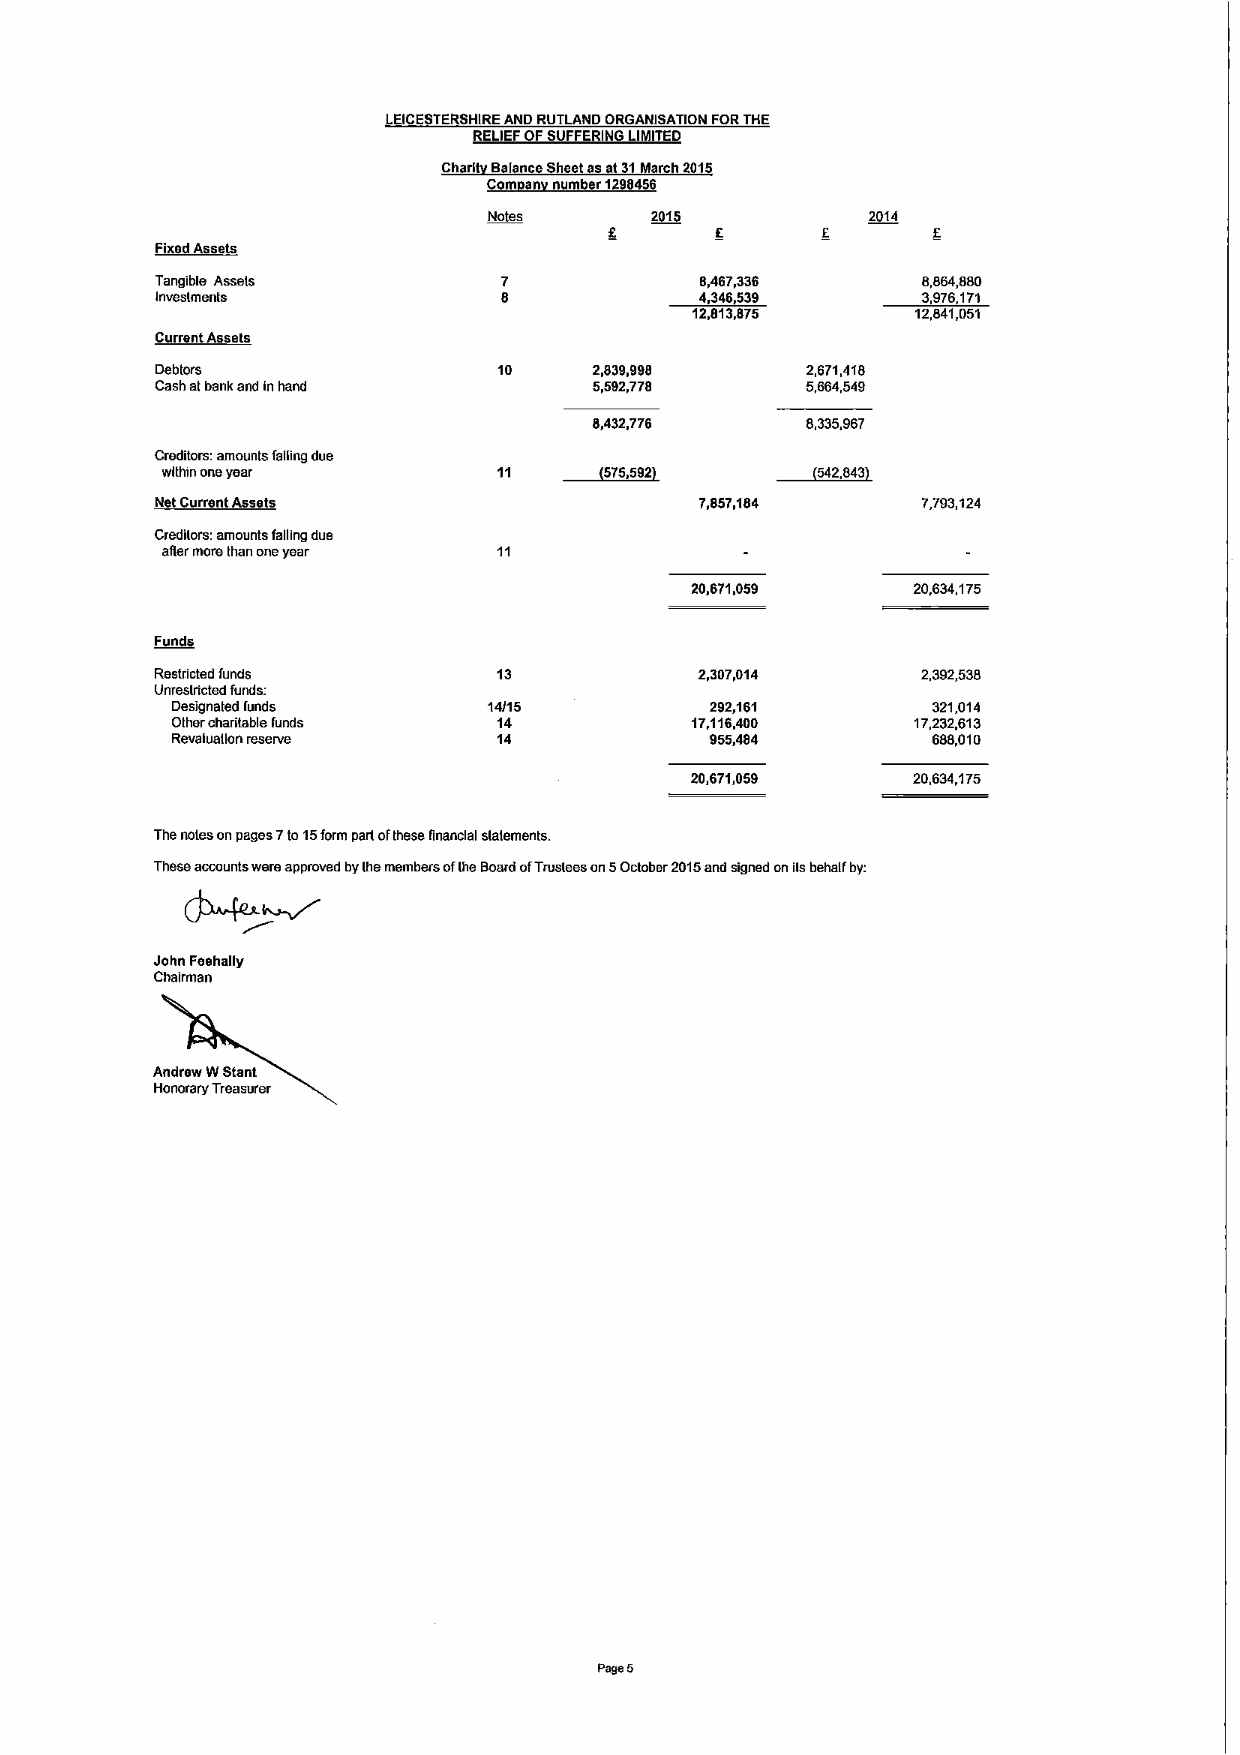
LEICESTERSHIREAND RUTLAND ORGANISATION FORTHE
 RELIEFOFSUFFERING LIMITED
 Charit Balance Sheet asat31March 2015
 Com an number1298456
 Notes      20'I5          2014
 E              E
 Fixed Assets
 Tangible Assets                     6,487,336      8,854,880
 Inveslm ants                        ~343539        3975171
 12,813,875     12,541,051
 Current Assets
 Debtors                10    2,839,998     2,671,418
 Cash atbank and inhand       5,592,778     5,664,549
 8,432,778     8,335,967
 Creditors; amounts faliing due
 ~575352
 within oneyear        11                   542,543
 Net Current Assets                  7,857,164      7,703,124
 Credilors: amounts falling due
 aRermore Ihan oneyear
 20,671,059    20,634,175
 ~Fn
 Restricted funds       13           2,307,014      2,392,535
 Unreslricted funds:
 Designated funds     14/15          292,161        321,014
 Other charitable funds 14          17,116,400     17,232,613
 Revaiuallon reserve   14            955,484        688,010
 20,671,059    20,634,175
 Thenoies an pages 7to15form part ofthese financial slalements.
 These acoounts were approved byIhemembers oflhe BoardofTruslees an 5October 2015and signed on iisbehalf by.
 John Feehally
 Chairman
 Andrew WStant
 Honorary Treasurer
 page 5